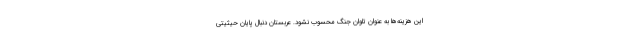
این هزینه‌ها به عنوان تاوان جنگ محسوب نشود. عربستان دنبال پایان حیثیتی